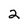
Character: 2